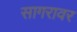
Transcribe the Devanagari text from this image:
सागरावर